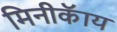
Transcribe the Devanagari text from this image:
मिनीकॅाय